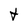
Character: t